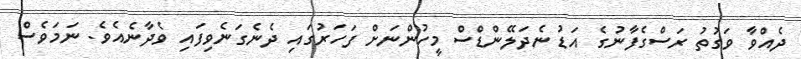
ދެއްވާ ވަގުތު ރަސްގެފާނުގެ އަޑު ނެދަލޭންޑްސް މީހުންނަށް ފަހަރުގައި ދެނެގަނެވިފައި ވެދާނެއެވެ. ނަމަވެސް